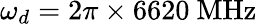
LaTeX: \omega_{d}=2\pi\times 6620~\mathrm{MHz}